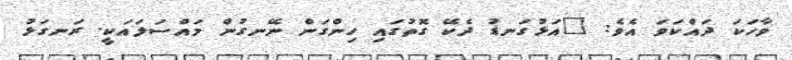
ވާހަކަ ދައްކަވަ އެވެ: "އަޅުގަނޑު ދެކޭ ގޮތުގައި ހިންގަން ނޭނގުން މައްސަލައަކީ. ރަނގަޅު